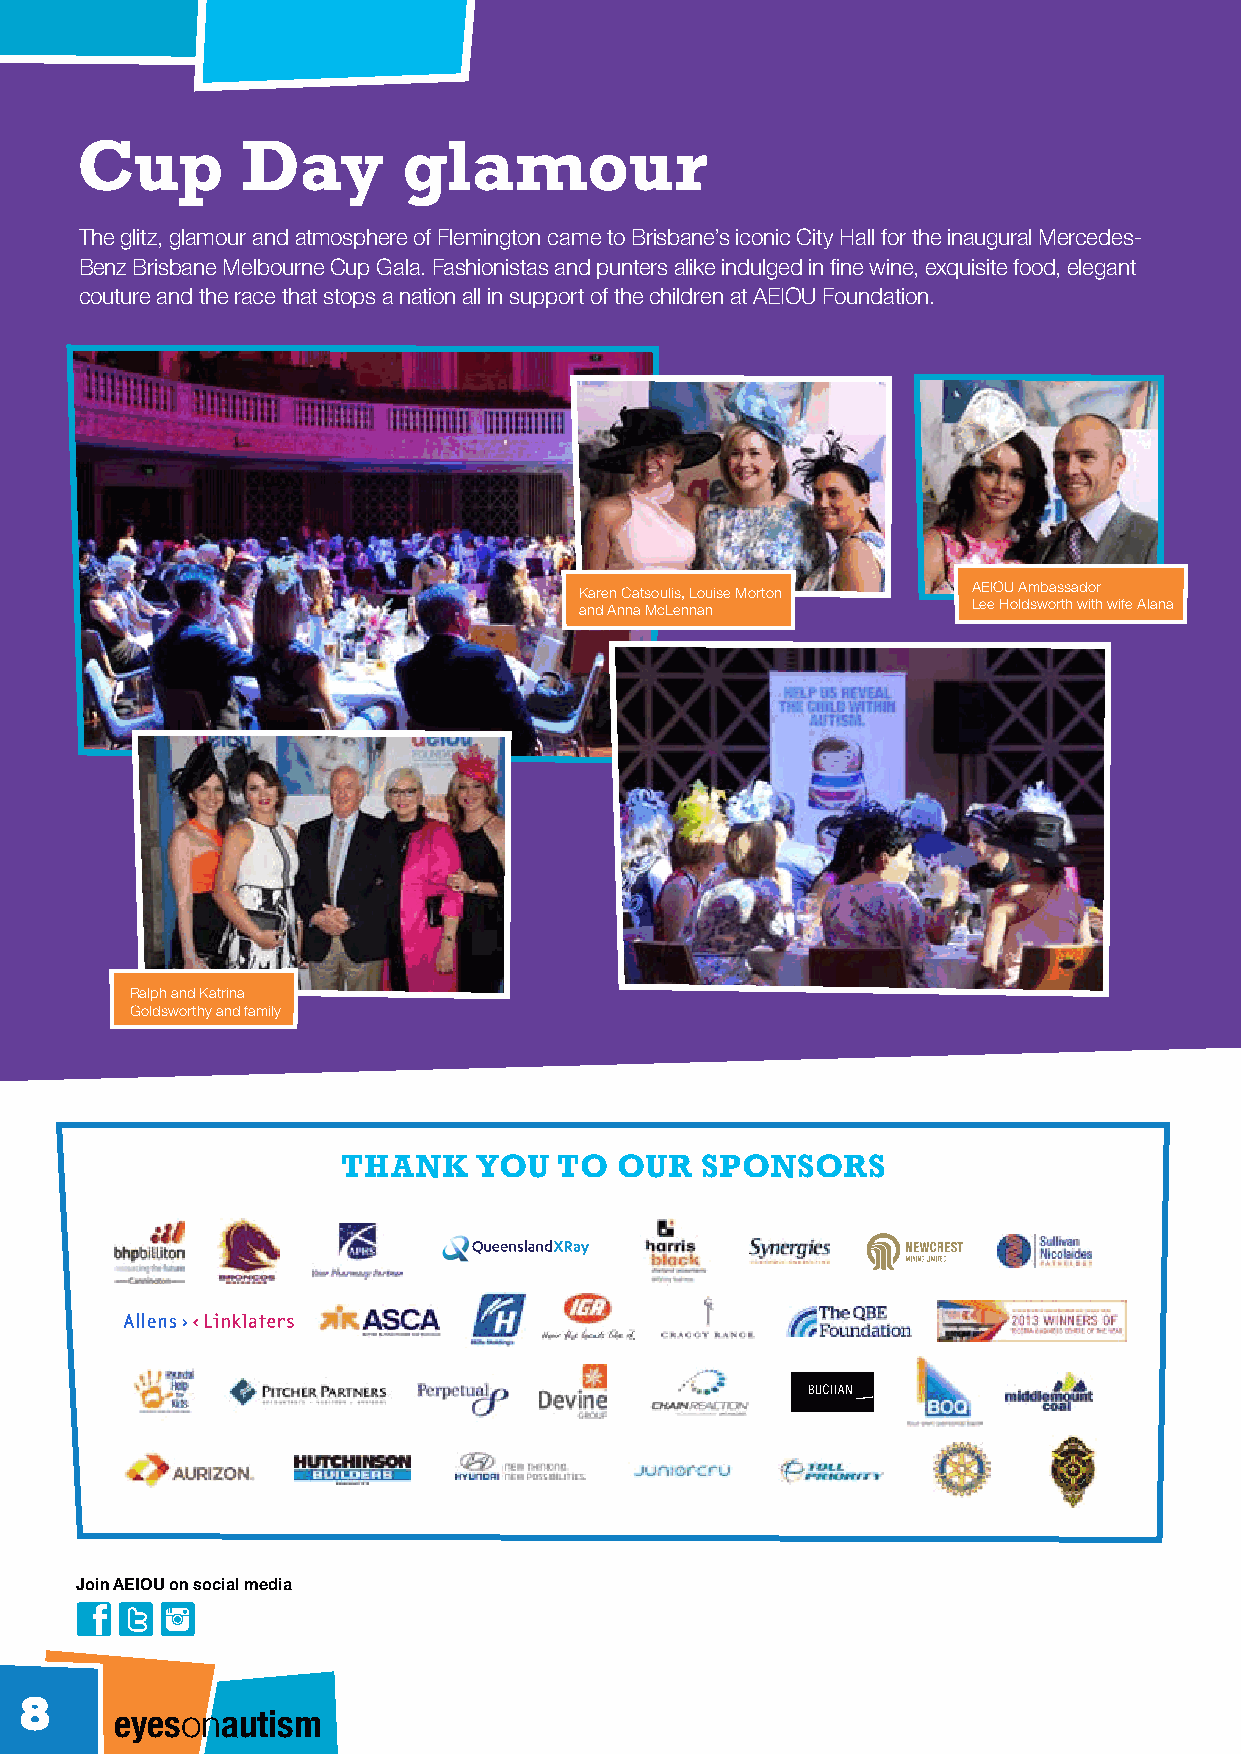
Cup        Day        glamour
 The glitz, glamour and atmosphere of Flemington came to Brisbane’s iconic City Hall for the inaugural Mercedes-
 Benz Brisbane Melbourne Cup Gala. Fashionistas and punters alike indulged in fine wine, exquisite food, elegant
 couture and the race that stops a nation all in support of the children at AEIOU Foundation.
 Karen Catsoulis, Louise Morton AEIOU Ambassador
 and Anna McLennan         Lee Holdsworth with wife Alana
 Ralph and Katrina
 Goldsworthy and family
 THANK    YOU  TO  OUR  SPONSORS
 Join AEIOU on social media
 8      eyesonautism